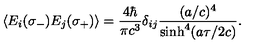
\langle E _ { i } ( \sigma _ { - } ) E _ { j } ( \sigma _ { + } ) \rangle = { \frac { 4 \hbar } { \pi c ^ { 3 } } } \delta _ { i j } { \frac { ( a / c ) ^ { 4 } } { \sinh ^ { 4 } ( a \tau / 2 c ) } } . \hfill \qquad \qquad